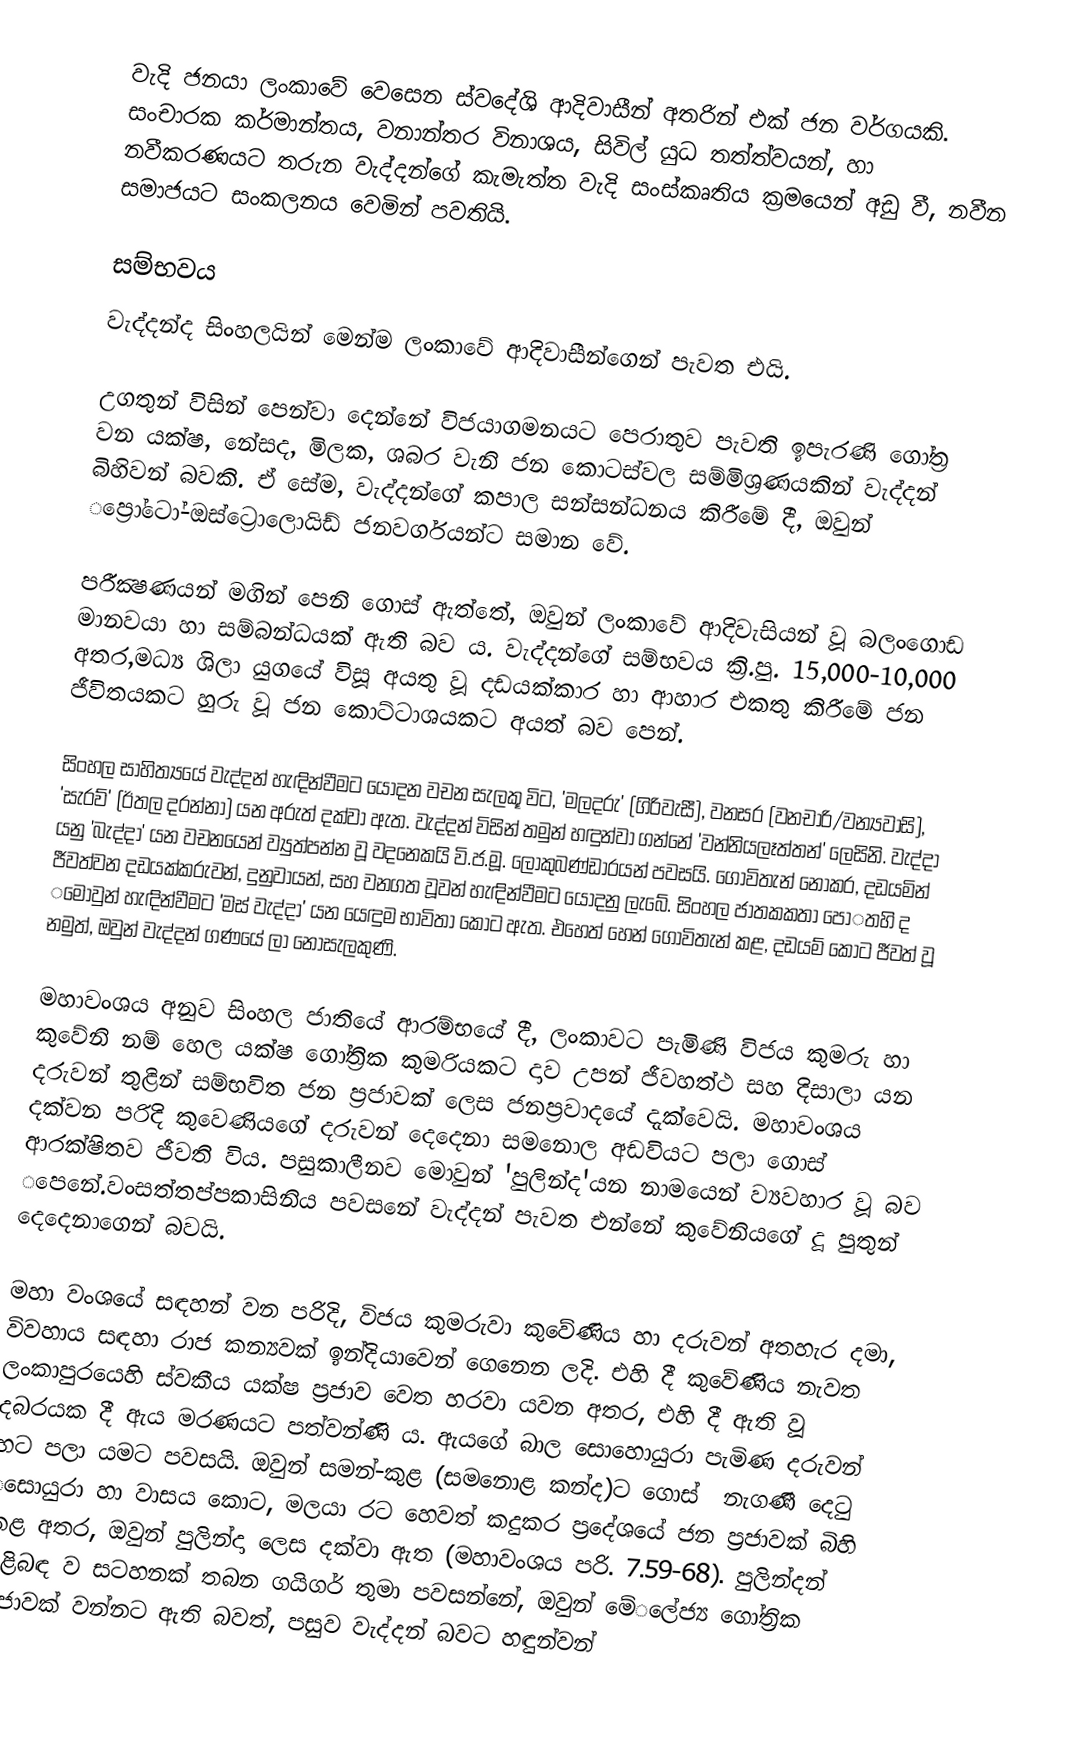
වැදි ජනයා ලංකා‌වේ ‌වෙසෙන ස්ව‌දේශි ආදිවාසීන් අතරින් එක් ජන වර්ගයකි. සංචාරක කර්මාන්තය, වනාන්තර විනාශය, සිවිල් යුධ තත්ත්වයන්, හා නවීකරණයට තරුන වැද්දන්‌ගේ කැමැත්ත වැදි සංස්කෘතිය ක්‍රම‌යෙන් අඩු වී, නවීන සමාජයට සංකලනය ‌වෙමින් පවතියි.

සම්භවය
වැද්දන්ද සිංහලයින් මෙන්ම ලංකාවේ ආදිවාසීන්ගෙන් පැවත එයි.

උගතුන් විසින් ‌පෙන්වා දෙන්නේ විජයාගමනයට ‌පෙරාතුව පැවති ඉපැරණි ‌ගෝත්‍ර වන යක්ෂ, ‌නේසද, මිලක, ශබර වැනි ජන ‌කොටස්වල සම්මිශ්‍රණයකින් වැද්දන් බිහිවන් බවකි. ඒ‌ සේම, වැද්දන්ගේ කපාල සන්සන්ධනය කිරී‌මේ දී, ඔවුන් ‌ප්‍රෝ‌ටෝ-ඔස්ට්‍රොලොයිඩ් ජනවර්ගයන්ට සමාන ‌වේ.

පරීක්‍ෂණයන් මගින් ‌පෙනි ‌ගොස් ඇත්තේ, ඔවුන් ලංකා‌වේ ආදිවැසියන් වූ බලං‌ගොඩ මානවයා හා සම්බන්ධයක් ඇති බව ය. වැද්දන්ගේ සම්භවය ක්‍රි.පු. 15,000-10,000 අතර,මධ්‍ය ශිලා යුග‌යේ විසූ අයතු වූ දඩයක්කාර හා ආහාර එකතු කිරී‌මේ ජන ජීවිතයකට හුරු වූ ජන ‌කොට්ටාශයකට අයත් බව පෙ‌න්.

සිංහල සාහිත්‍ය‌යේ වැද්දන් හැඳින්වීමට ‌යොදන වචන සැලකූ විට, 'මලදරු' (ගිරිවැසී), වනසර (වනචාරි/වන්‍යවාසි), 'සැරව්' (ඊතල දරන්නා) යන අරුත් දක්වා ඇත. වැද්දන් විසින් තමුන් හඳුන්වා ගන්නේ 'වන්නියලෑත්තන්' ‌ලෙසිනි. වැද්දා යනු 'බැද්දා' යන වචනයෙන් ව්‍යුත්පන්න වූ වද‌නෙකයි වි.ජ.මූ. ‌ලොකුබණ්ඩාරයන් පවසයි. ‌ගොවිතැන් ‌නොකර, දඩයමින් ජීවත්වන දඩයක්කරුවන්, දුනුවායන්, සහ වනගත වූවන් හැඳින්වීමට ‌යොදනු ලැ‌බේ. සිංහල ජාතකකතා ‌පො‌‌තහි ද ‌මොවුන් හැඳින්වීමට 'මස් වැද්දා' යන ‌යෙඳුම භාවිතා ‌කොට ඇත. එහෙත් ‌හෙන් ‌ගොවිතැන් ක‌ළ, දඩයම් ‌කොට ජීවත් වූ නමුත්, ඔවුන් වැද්දන් ගණ‌යේ ලා ‌නොසැලකුණි.

මහාවංශය අනුව සිංහල ජාති‌යේ ආරම්භ‌යේ දී, ලංකාවට පැමිණි විජය කුමරු හා කු‌වේනි නම් ‌හෙල යක්ෂ ගෝත්‍රික කුමරියකට දාව උපන් ජීවහත්ථ සහ දිසාලා යන දරුවන් තුළින් සම්භවිත ජන ප්‍රජාවක් ‌ලෙස ජනප්‍රවාද‌යේ දැක්වෙයි. මහාවංශය දක්වන පරිදි කු‌වෙණිය‌ගේ දරුවන් ‌දෙ‌දෙනා සම‌නොල අඩවියට පලා ‌ගොස් ආරක්ෂිතව ජීවති විය. පසුකාලීනව ‌මොවුන් 'පුලින්ද'යන නාම‌යෙන් ව්‍යවහාර වූ බව ‌පෙ‌නේ.වංසත්තප්පකාසිනිය පවසනේ වැද්දන් පැවත එන්නේ කුවේනියගේ දූ පුතුන් දෙදෙනාගෙන් බවයි.

මහා වංශ‌යේ සඳහන් වන පරිදි, විජය කුමරුවා කු‌වේණිය හා දරුවන් අතහැර දමා, විවහාය සඳහා රාජ කන්‍යවක් ඉන්දියා‌වෙන් ‌ගෙ‌නෙන ලදි. එහි දී කු‌වේණිය නැවත ලංකාපුර‌යෙහි ස්වකීය යක්ෂ ප්‍රජාව ‌වෙත හරවා යවන අතර, එහි දී ඇති වූ දබරයක දී ඇය මරණයට පත්වන්ණි ය. ඇය‌ගේ බාල ‌සො‌හොයුරා පැමිණ දරුවන් හට පලා යමට පවසයි. ඔවුන් සමන්-කුළ (සම‌නොළ කන්ද)ට ‌ගොස් ‌ නැගණී දෙටු ‌සොයුරා හා වාසය ‌කොට, මලයා රට හෙවත් කදුකර ප්‍ර‌දේශ‌යේ ජන ප්‍රජාවක් බිහි කළ අතර, ඔවුන් පුලින්දා ‌ලෙස දක්වා ඇත (මහාවංශය පරි. 7.59-68). පුලින්දන් පිළිබඳ ව සටහනක් තබන ගයිගර් තුමා පවසන්නේ, ඔවුන් ‌මේ‌‌ලේජ්‍ය ‌ගෝත්‍රික ප්‍රජාවක් වන්නට ඇති බවත්, පසුව වැද්දන් බවට හඳුන්වන්